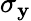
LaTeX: \sigma_{\mathbf{y}}